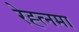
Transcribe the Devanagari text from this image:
रेह्त्नमा